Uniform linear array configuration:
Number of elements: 12
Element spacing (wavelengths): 1
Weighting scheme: blackman
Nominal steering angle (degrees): -60
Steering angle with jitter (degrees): -58.47
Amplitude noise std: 0.05
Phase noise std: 0.05

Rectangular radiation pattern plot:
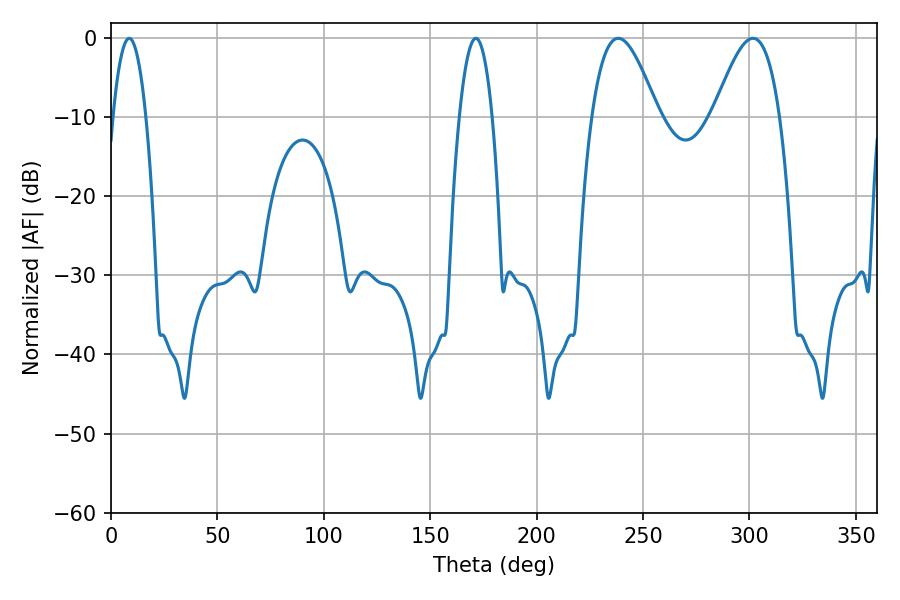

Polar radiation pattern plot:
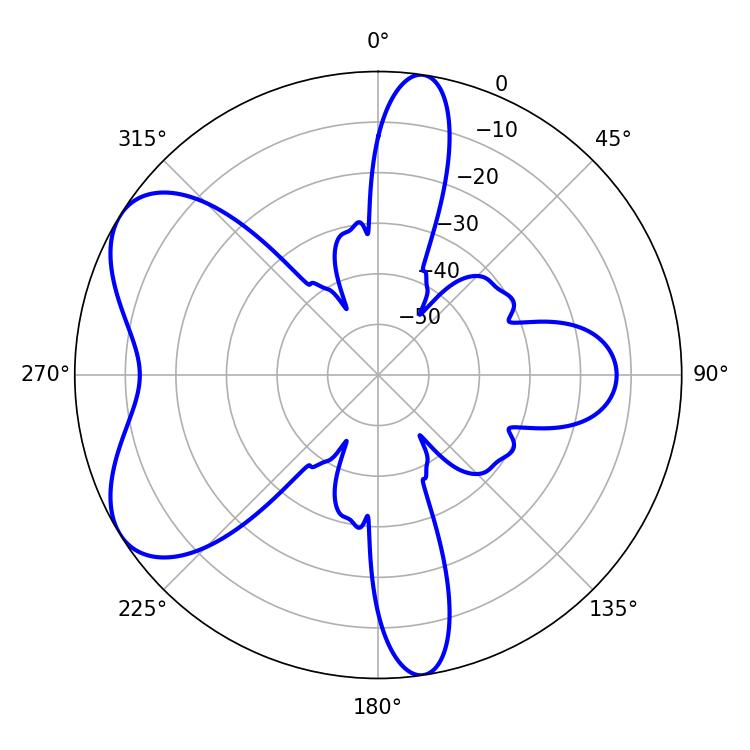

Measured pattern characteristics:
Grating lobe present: TRUE
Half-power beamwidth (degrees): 16.92
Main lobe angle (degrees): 238.32